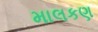
માલકણ